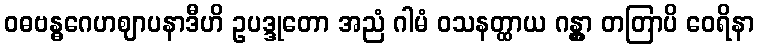
ဝဓဗန္ဓဂေဟဈာပနာဒီဟိ ဥပဒ္ဒုတော အညံ ဂါမံ ဝသနတ္ထာယ ဂန္တွာ တတြာပိ ဝေရိနာ